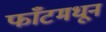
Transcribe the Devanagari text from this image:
फाँटमधून